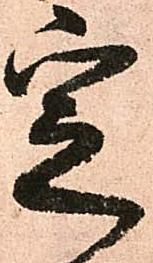
定